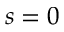
s = 0